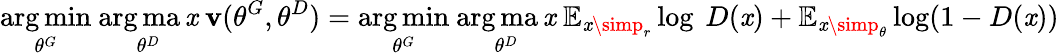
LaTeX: \underset{\theta^{G}}{\arg\operatorname*{min}}\ \underset{\theta^{D}}{\arg\operatorname*{ma\mathit{x}}}\ \mathbf{v}(\theta^{G},\theta^{D})=\underset{\theta^{G}}{\arg\operatorname*{min}}\ \underset{\theta^{D}}{\arg\operatorname*{ma\mathit{x}}}\ \mathbb{{E}}_{\mathit{x}\simp_{r}}\log\ D(\mathit{x})+\mathbb{{E}}_{\mathit{x}\simp_{\theta}}\log(1-D(\mathit{x}))